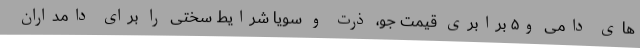
های دامی و۵ برابری قیمت جو، ذرت و سویا شرایط سختی را برای دامداران